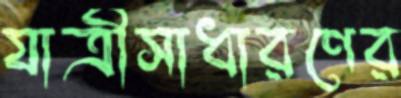
যাত্রীসাধারণের